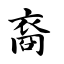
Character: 裔